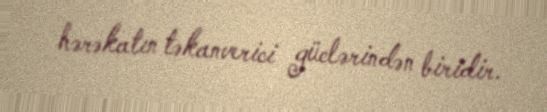
hərəkatın təkanverici güclərindən biridir.